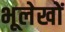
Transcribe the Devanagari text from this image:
भूलेखों